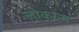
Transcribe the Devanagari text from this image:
लोकरन्ग